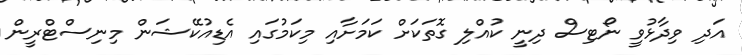
އަދި ވިދާޅުވީ ނޯޓިސް ދިނީ ކުއްލި ގޮތަކަށް ކަމަށާއި މިކަމުގައި އެޑިއުކޭޝަން މިނިސްޓްރީން